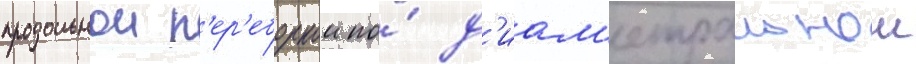
продольнои п'ер'еборкои по́ д'иам'етральнои